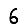
Digit: 6